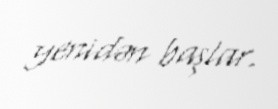
yenidən başlar.